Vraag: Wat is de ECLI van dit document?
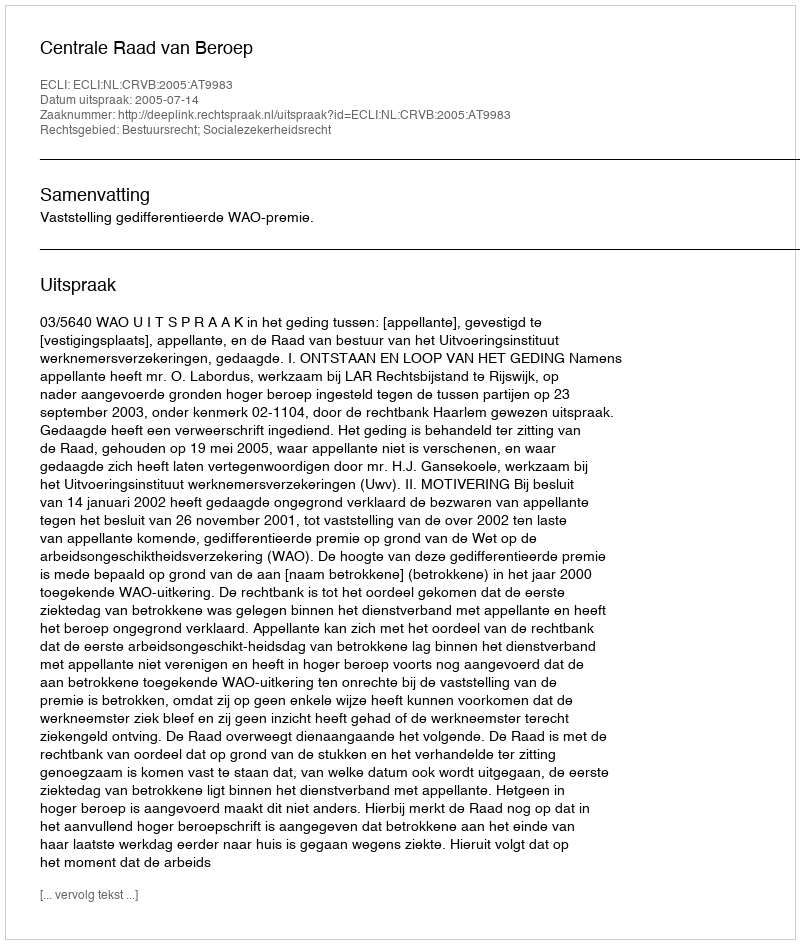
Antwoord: ECLI:NL:CRVB:2005:AT9983